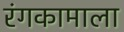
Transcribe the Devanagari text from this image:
रंगकामाला